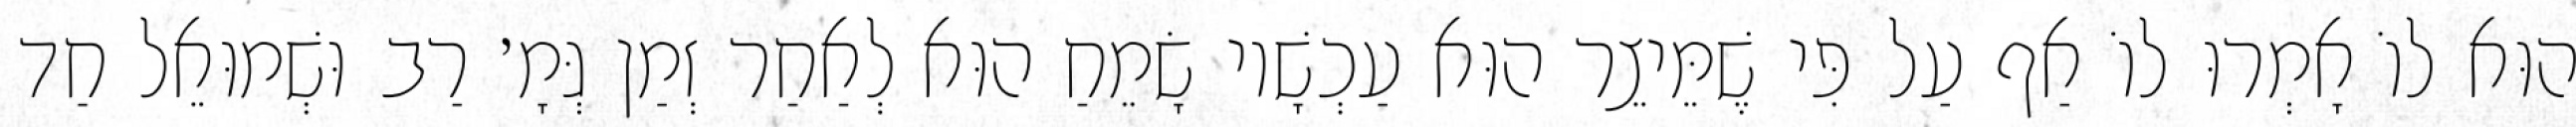
הוּא לוֹ אָמְרוּ לוֹ אַף עַל פִּי שֶׁמֵּיצֵר הוּא עַכְשָׁיו שָׂמֵחַ הוּא לְאַחַר זְמַן גְּמָ׳ רַב וּשְׁמוּאֵל חַד